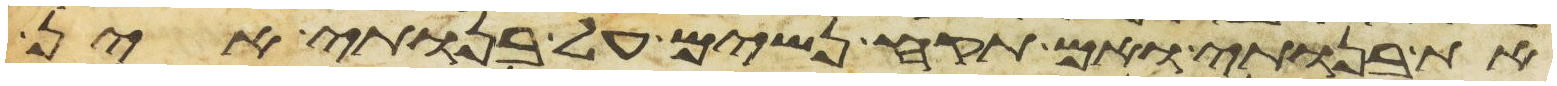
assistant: את בנותי ואם תקח נשים על בנותי אין